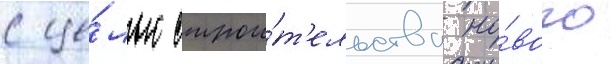
с це́лью строи́т'ельства но́вого